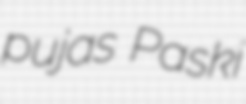
pujas Paski